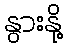
နွားနို့